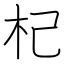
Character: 杞